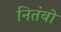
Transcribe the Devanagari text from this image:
नितंबो